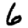
Digit: 6